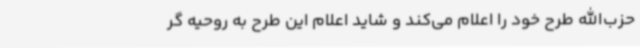
حزب‌الله طرح خود را اعلام می‌کند و شاید اعلام این طرح به روحیه گر